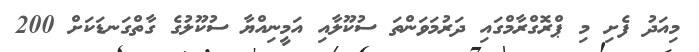
މިއަދު ފެށި މި ޕްރޮގްރާމްގައި ދަރުމަވަންތަ ސުކޫލާއި އަމީނިއްޔާ ސުކޫލުގެ ގާތްގަނޑަކަށް 200